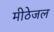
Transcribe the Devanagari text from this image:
मीठेजल